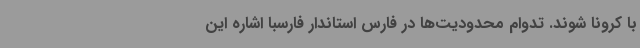
با کرونا شوند. تدوام محدودیت‌ها در فارس استاندار فارسبا اشاره این